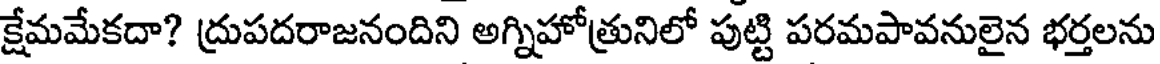
క్షేమమేకదా? ద్రుపదరాజనందిని అగ్నిహోత్రునిలో పుట్టి పరమపావనులైన భర్తలను